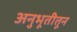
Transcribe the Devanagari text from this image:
अनुभूतीतून